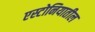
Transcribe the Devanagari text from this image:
एस्टोनियातील